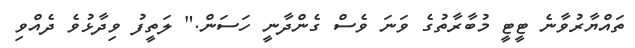
ތައްޔާރުވާނެ ޓީޓީ މުބާރާތުގެ ވަނަ ވެސް ގެންދާނީ ހަސަން." ލަތީފު ވިދާޅުވެ ދެއްވި